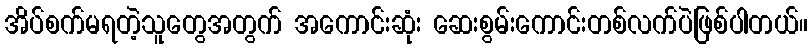
အိပ်စက်မရတဲ့သူတွေအတွက် အကောင်းဆုံး ဆေးစွမ်းကောင်းတစ်လက်ပဲဖြစ်ပါတယ်။